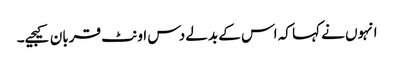
انہوں نے کہا کہ اس کے بدلے دس اونٹ قربان کیجیے۔